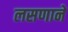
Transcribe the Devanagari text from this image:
लसणाने